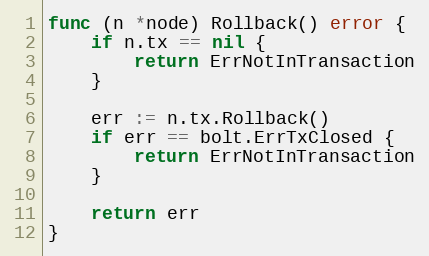
Language: Go
func (n *node) Rollback() error {
	if n.tx == nil {
		return ErrNotInTransaction
	}

	err := n.tx.Rollback()
	if err == bolt.ErrTxClosed {
		return ErrNotInTransaction
	}

	return err
}